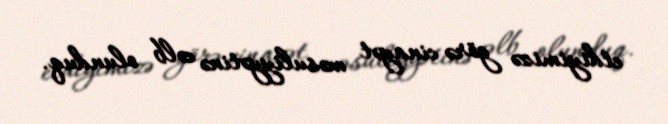
etdiyimizə görə cinayət məsuliyyətinə cəlb olunduq.